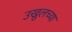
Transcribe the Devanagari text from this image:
उख्रुलच्या